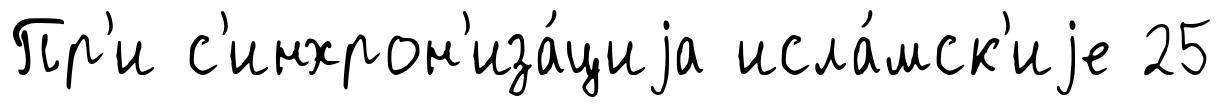
Пр'и с'инхрон'иза́циjа исла́мск'иjе 25